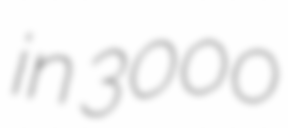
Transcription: in 3000